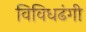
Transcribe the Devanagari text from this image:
विविधढंगी